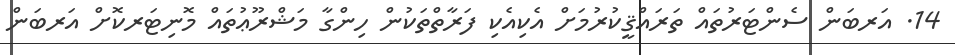
14. އަރބަން ސެންޓަރުތައް ތަރައްޤީކުރުމަށް އެކިއެކި ފަރާތްތަކުން ހިންގާ މަޝްރޫޢުތައް މޮނިޓަރކޮށް އަރބަން